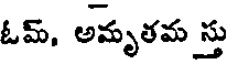
ఓమ్, అమృతమ స్తు